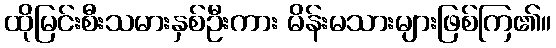
ထိုမြင်းစီးသမားနှစ်ဦးကား မိန်းမသားများဖြစ်ကြ၏။